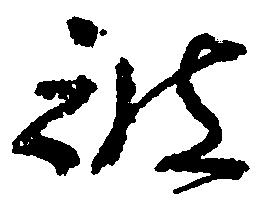
被